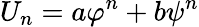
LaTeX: U_{n}=a\varphi^{n}+b\psi^{n}